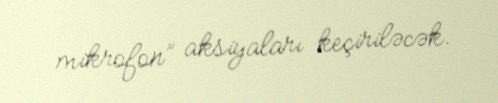
mikrofon” aksiyaları keçiriləcək.